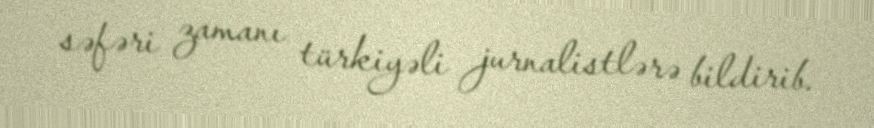
səfəri zamanı türkiyəli jurnalistlərə bildirib.